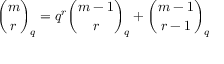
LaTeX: { \binom { m } { r } } _ { q } = q ^ { r } { \binom { m - 1 } { r } } _ { q } + { \binom { m - 1 } { r - 1 } } _ { q }